Source: Handwritten
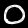
Digit: ၀ (0)